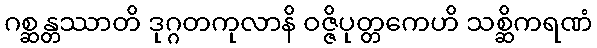
ဂစ္ဆန္တဿာတိ ဒုဂ္ဂတကုလာနိ ဝဇ္ဇိပုတ္တကေဟိ သစ္ဆိကရဏံ